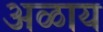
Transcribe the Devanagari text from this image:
अळाय